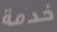
###خدمة